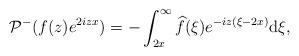
LaTeX: \begin{align*} & \mathcal{P}^- ( f(z) e^{ 2izx}) =- \int_{2x}^\infty \widehat{f} (\xi)e^{-iz(\xi-2x) } \mathrm{d}\xi,\end{align*}